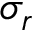
\sigma _ { r }